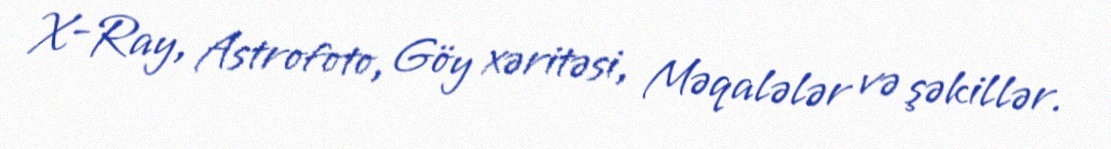
X-Ray, Astrofoto, Göy xəritəsi, Məqalələr və şəkillər.